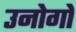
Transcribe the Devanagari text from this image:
उनोगों